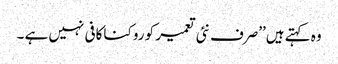
وہ کہتے ہیں’’صرف نئی تعمیر کو روکنا کافی نہیں ہے ۔